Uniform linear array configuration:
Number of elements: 16
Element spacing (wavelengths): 0.25
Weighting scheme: kaiser
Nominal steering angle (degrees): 15
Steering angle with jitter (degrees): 15.314
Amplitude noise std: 0.05
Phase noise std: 0.05

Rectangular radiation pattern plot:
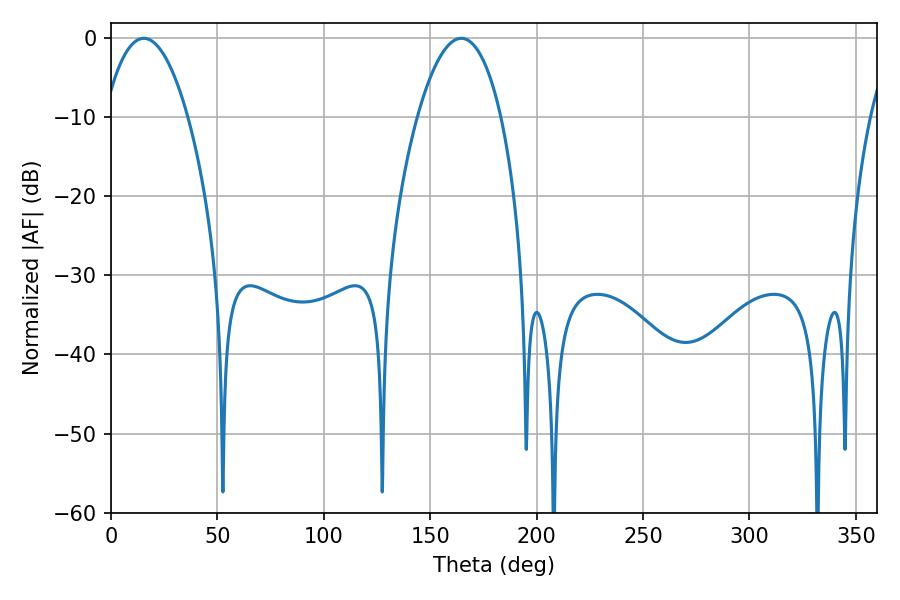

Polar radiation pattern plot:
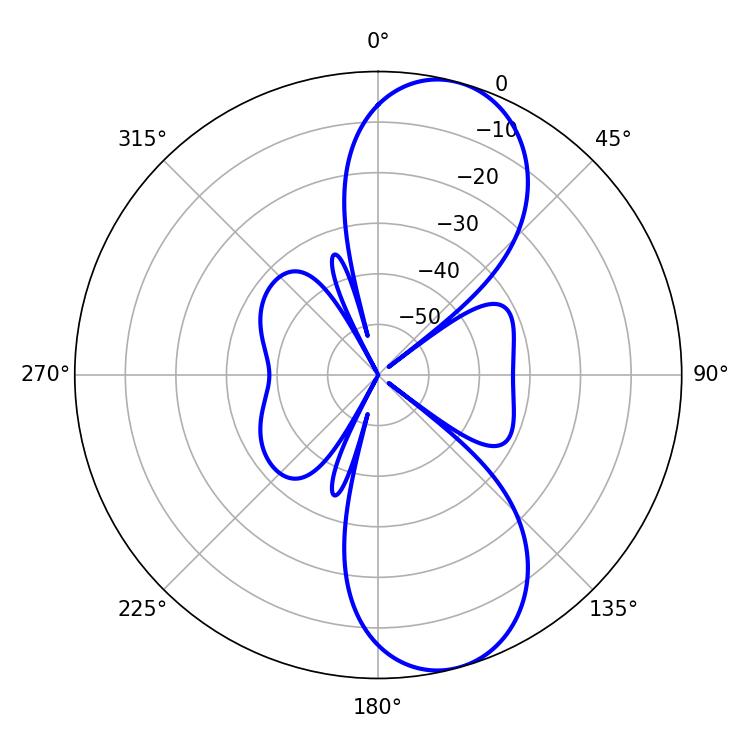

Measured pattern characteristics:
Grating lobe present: FALSE
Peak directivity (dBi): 9.559
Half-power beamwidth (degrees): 21.78
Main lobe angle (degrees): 15.48